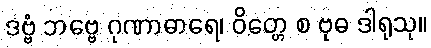
ဒဗ္ဗံ ဘဗ္ဗေ ဂုဏာဓာရေ၊ ဝိတ္တေ စ ဗုဓ ဒါရုသု။